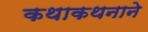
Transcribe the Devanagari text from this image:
कथाकथनाने